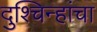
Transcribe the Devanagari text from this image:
दुश्चिन्हांचा